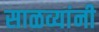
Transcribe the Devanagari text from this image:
साळव्यांनी